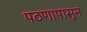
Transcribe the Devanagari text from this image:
पठणापासून